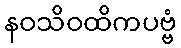
နဝသိဝထိကပဗ္ဗံ